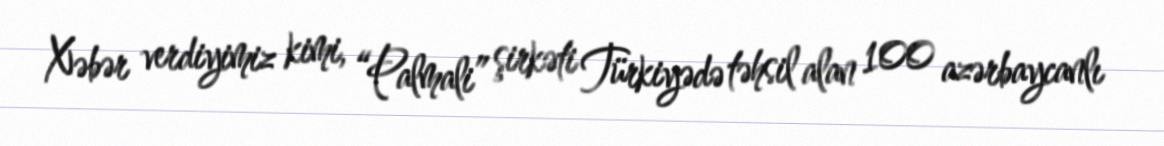
Xəbər verdiyimiz kimi, “Palmali” şirkəti Türkiyədə təhsil alan 100 azərbaycanlı